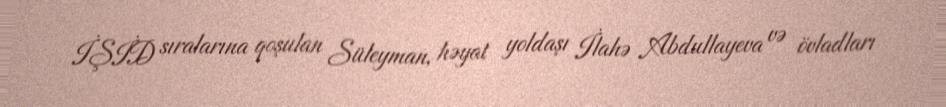
İŞİD sıralarına qoşulan Süleyman, həyat yoldaşı İlahə Abdullayeva və övladları